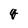
Character: g